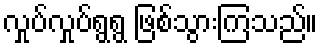
လှုပ်လှုပ်ရွရွ ဖြစ်သွားကြသည်။